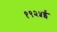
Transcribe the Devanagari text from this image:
१९२५ई